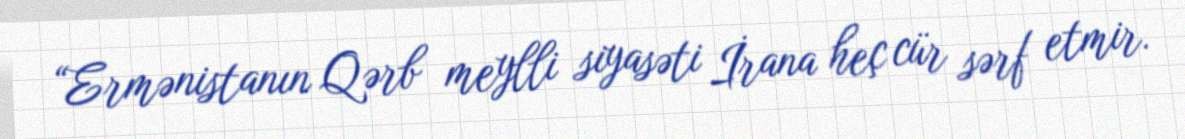
“Ermənistanın Qərb meylli siyasəti İrana heç cür sərf etmir.